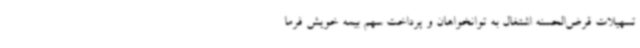
تسهیلات قرض‌الحسنه اشتغال به توانخواهان و پرداخت سهم بیمه خویش فرما